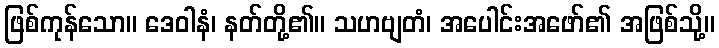
ဖြစ်ကုန်သော။ ဒေဝါနံ၊ နတ်တို့၏။ သဟဗျတံ၊ အပေါင်းအဖော်၏ အဖြစ်သို့။